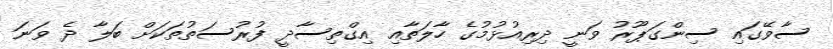
ސާވޭގައި ސިންގަޕޫރު ވަނީ ދިރިއުޅުމުގެ ހާލަތާއި އިގްތިސާދީ ފުރުސަތުތަކަށް ބަލާ ދެ ވަނަ